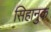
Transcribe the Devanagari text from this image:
सिहानुक